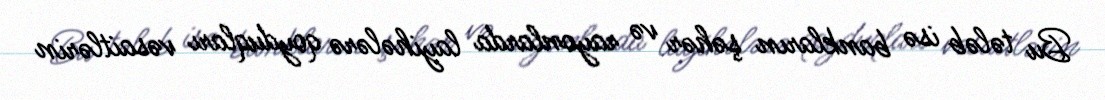
Bu tələb isə bankların şəhər və rayonlarda layihələrə qoyduqları vəsaitlərin